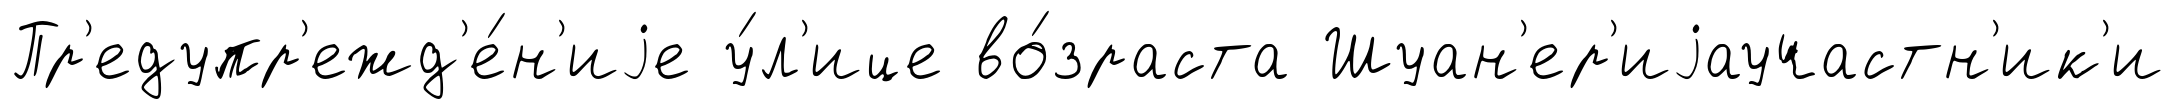
Пр'едупр'ежд'е́н'иjе у́л'ице во́зраста Шуан'ер'иjаучастн'ик'и